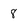
Character: 8